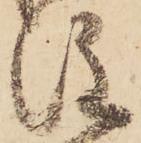
注